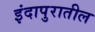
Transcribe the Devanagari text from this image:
इंदापुरातील